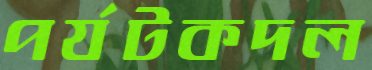
পর্যটকদল